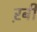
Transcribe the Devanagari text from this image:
ऱबी